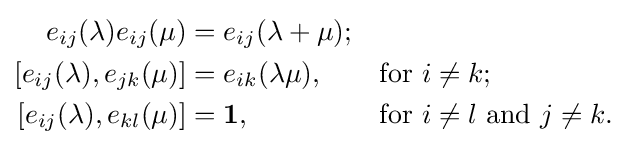
{\begin{aligned}e_{ij}(\lambda )e_{ij}(\mu )&=e_{ij}(\lambda +\mu );&&\\\left[e_{ij}(\lambda ),e_{jk}(\mu )\right]&=e_{ik}(\lambda \mu ),&&{\text{for }}i\neq k;\\\left[e_{ij}(\lambda ),e_{kl}(\mu )\right]&=\mathbf {1} ,&&{\text{for }}i\neq l{\text{ and }}j\neq k.\end{aligned}}